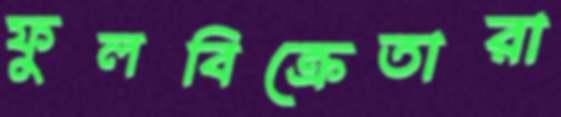
ফুলবিক্রেতারা